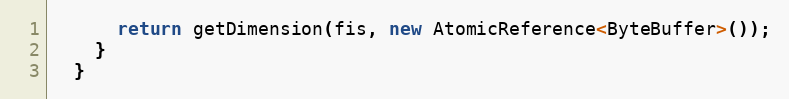
Language: Java
      return getDimension(fis, new AtomicReference<ByteBuffer>());
    }
  }